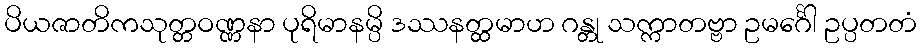
ပိယဇာတိကသုတ္တဝဏ္ဏနာ ပုရိမာနမ္ပိ ဒဿနတ္ထမာဟ ဂန္တု သက္ကာတဗ္ဗာ ဥမင်္ဂေါ ဥပ္ပတတံ